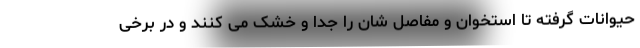
حیوانات گرفته تا استخوان و مفاصل شان را جدا و خشک می کنند و در برخی